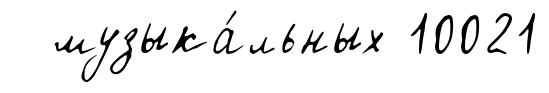
музыка́льных 10021